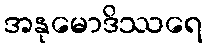
အနုမောဒိဿရေ